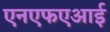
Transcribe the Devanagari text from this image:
एनएफएआई